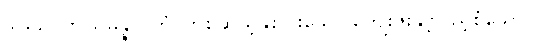
ဒွါဒသဂုဏသမ္ပန္နာဂတံ၊ တစ်ဆယ့်နှစ်ပါးသော ကျေးဇူးနှင့်ပြည့်စုံသော။